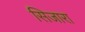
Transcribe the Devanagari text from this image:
सिजारा